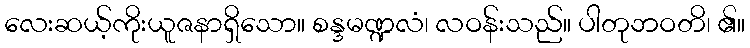
လေးဆယ့်ကိုးယူဇနာရှိသော။ စန္ဒမဏ္ဍလံ၊ လဝန်းသည်။ ပါတုဘဝတိ၊ ၏။